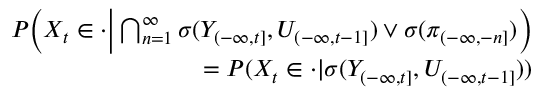
\begin{array} { r l r } & { } & { P \bigg ( X _ { t } \in \cdot \bigg | \bigcap _ { n = 1 } ^ { \infty } \sigma ( Y _ { ( - \infty , t ] } , U _ { ( - \infty , t - 1 ] } ) \vee \sigma ( \pi _ { ( - \infty , - n ] } ) \bigg ) } \\ & { } & { \qquad \qquad \qquad \qquad \qquad \qquad = P ( X _ { t } \in \cdot | \sigma ( Y _ { ( - \infty , t ] } , U _ { ( - \infty , t - 1 ] } ) ) } \end{array}